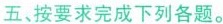
五、按要求完成下列各题。